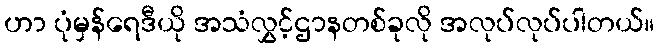
ဟာ ပုံမှန်ရေဒီယို အသံလွှင့်ဌာနတစ်ခုလို အလုပ်လုပ်ပါတယ်။